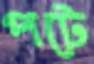
পটে